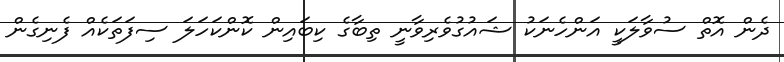
ދެން އޮތް ސުވާލަކީ އަންހެނަކު ޝައުގުވެރިވާނީ ތިބާގެ ކިބައިން ކޮންކަހަލަ ސިފަތަކެއް ފެނިގެން